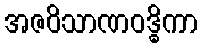
အဇဝိသာဏဝဒ္ဓိကာ